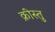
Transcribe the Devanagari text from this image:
क्रीस्तु